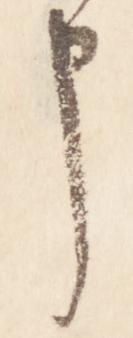
申